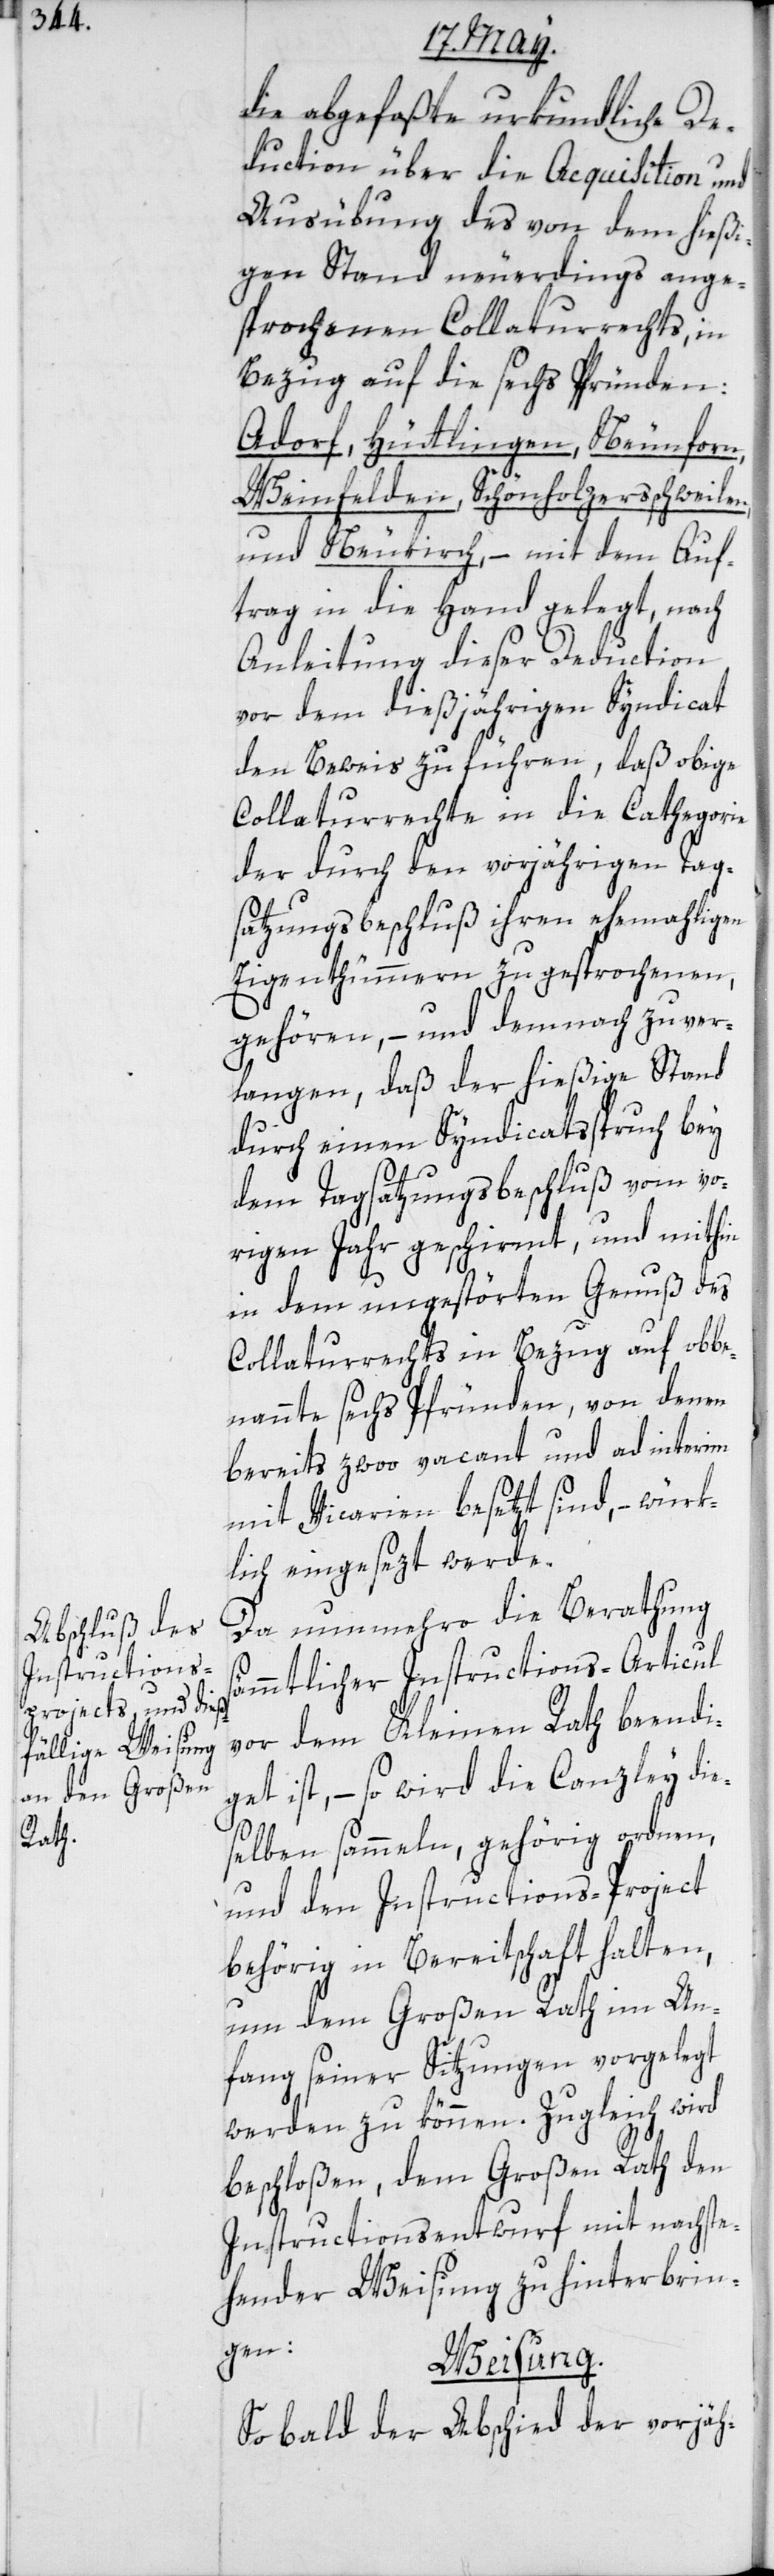
die abgefaßte urkundliche De¬
duction über die Acquisition und
Ausübung des von dem hießi¬
gen Stand neuerdings ange¬
sprochenen Collaturrechts, in
Bezug auf die sechs Pfründen:
Adorf, Hüttlingen, Neunforn,
Weinfelden, Schönholzersschweilen
und Neukirch, – mit dem Auf¬
trag in die Hand gelegt, nach
Anleitung dieser Deduction
vor dem dießjährigen Syndicat
den Beweis zu führen, daß obige
Collaturrechte in die Cathegorie
der durch den vorjährigen Tag¬
satzungsbeschluß ihren ehemaligen
Eigenthümmern zugesprochenen,
gehören, – und demnach zu ver¬
langen, daß der hießige Stand
durch einen Syndicatsspruch bey
dem Tagsatzungsbeschluß vom vo¬
rigen Jahr geschirmt, und mithin
in dem ungestörten Genuß des
Collaturrechts in Bezug auf obbe¬
nannte sechs Pfründen, von denen
bereits zwoo vacant und ad interim
mit Vicarien besetzt sind, – würk¬
lich eingesezt werde.
Da nunmehro die Berathung s¬
ämmtlicher Instructions-Articul
vor dem Kleinen Rath beendi¬
get ist, – so wird die Canzley die¬
selben sammeln, gehörig ordnen,
und den Instructions-Project
behörig in Bereitschaft halten,
um dem Großen Rath im An¬
fang seiner Sitzungen vorgelegt
werden zu können. Zugleich wird
beschloßen, dem Großen Rath den
Instructionsentwurf mit nachste¬
hender Weisung zu hinterbrin¬
gen:
Weisung.
So bald der Abschied der vorjäh-